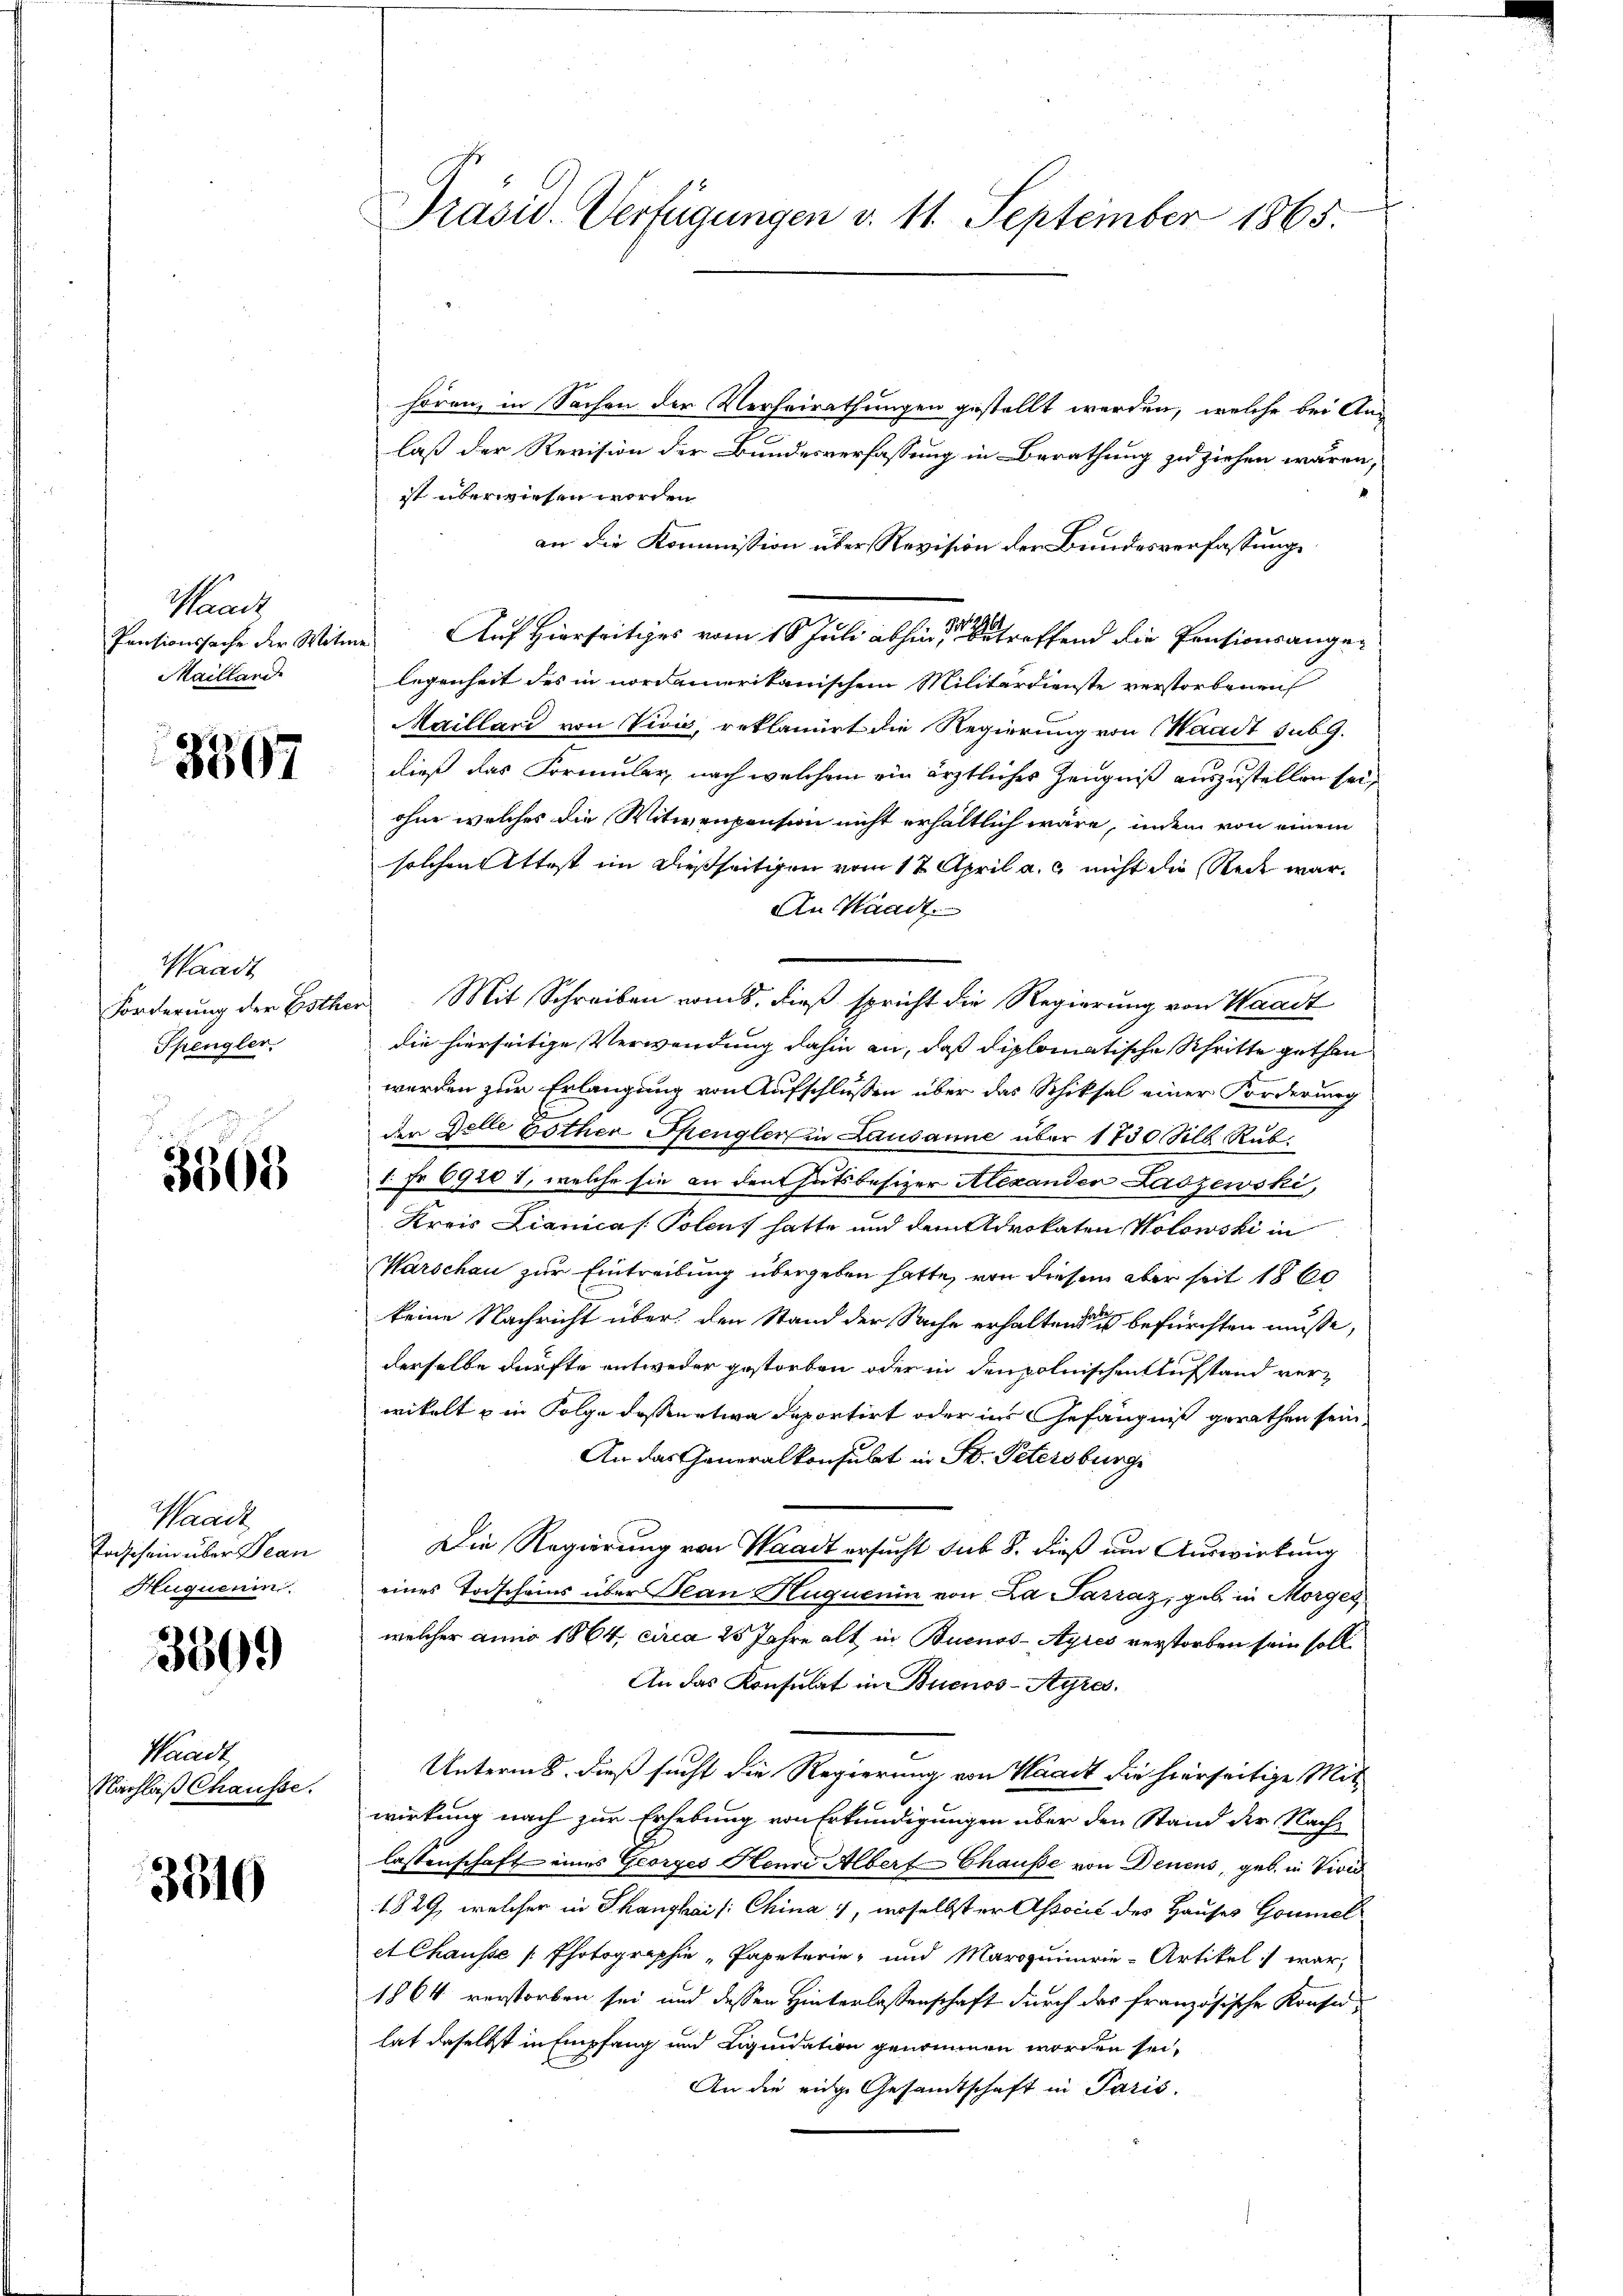
Waadt
Mailland

3507

Waadt
Spengler.

3568

Waadt
Taschein über Bean
Huquerin.

3509

Waadt,
Nachlaß Chausse.

3910

s
Präsid. Verfügungen d. 11. September 1865.

hören, in Sachen der Verheirathungen gestellt werden, welche bei Anlaß der Revision der Bundesverfassung in Berathung zu ziehen wären,
ist überwiesen worden
an die Kommission über Revision der Bundesverfassung
Pensionssache der Witwe Auf Hierseitiges vom 10. Juli abhin einer betreffend die Pensionsangelegenheit des in nordamerikanischem Militärdienste verstorbenen
Maillard von Vivić, reklamirt die Regierung von Waadt sub 9.
dieß das Formular, nach welchem ein ärztliches Zeugniß auszustellen sei,
ohne welches die Witwenpension nicht erhältlich wäre, indem von einem
solchen Attest im dießseitigen vom 12. April a. c. nicht die Recht war.
An Waadt
Forderung der Bothen. Mit Schreiben vom 8. dieß spricht die Regierung von Waadt
die hierseitige Verwendung dahin an, daß diplomatische Schritte gethan
werden zur Erlangung von Aufschlussen über das Schiksal einer Forderung
der Delle bother Spengler in Lausanne über 1730 Silb Rub¬
1 Fr. 69201, welche sie an den hatsbesizer Alexander Laszewski,
Kreis Lianicas Polent hatte und dem Advokaten Notowski in
Warschau zur Eintreibung übergeben hatte, von diesem aber seit 1860
keine Nachricht über den Stand der Sache erhaltende es befürchten müsse,
derselbe dürfte entweder gestorben oder in den polnischen Aufstand verwikelt u in Folge dessen etwa deportirt oder ins Gefängniß gerathen sein.
An das Generalkonsulat in St. Petersburge
Die Regierung von Waadt ersucht sub 8. dieß um Auswirkung
eines Todscheins über Plan Huquenin von La Parraz, gab in Morges
welcher anno 1864, circa 25 Jahre alt in Buenos-Ayres verstorben sein soll.
An das Konsulat in Buenos-Ayres.
Unterme, dieß sucht die Regierung von Waadt die hierseitige Mit-
wirkung nach zur Erhebung von Erkundigungen über den Stand der Nachlassenschaft eines Georges Heure Albert-Chause von Denens, geb. in Viid
1829, welcher in Thangkai /: China, derselbster Associé des Hauses Goumel
et Chausse Photographie „Papeterie- und Maroquimerie-Artikel war,
1864 verstorben sei und dessen Hinterlassenschaft durch das französische Konsehat daselbst in Empfang und Liquidation genommen worden sei,
An die eine Gesamtschaft in Paris.